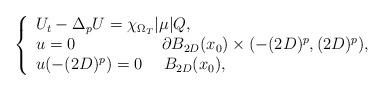
LaTeX: \begin{align*}\left\{ \begin{array}{l}{U_{t}}-{\Delta _{p}}U=\chi _{\Omega _{T}}|\mu |Q, \\ {u}=0~~~~~~~~~~~~~~~~\partial B_{2D}(x_{0})\times(-(2D)^{p},(2D)^{p}), \\ u(-(2D)^{p})=0~~~~B_{2D}(x_{0}),\end{array}\right.\end{align*}